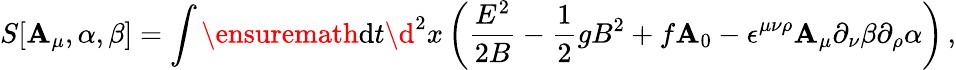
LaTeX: S[\mathbf{A}_{\mu},\alpha,\beta]=\int\ensuremath{{\operatorname{d}\! {}t\d{{}}}}^{2}x\left(\frac{{E^{2}}}{{2B}}-\frac{{1}}{{2}}gB^{2}+f\mathbf{A}_{0}-\epsilon^{\mu\nu\rho}\mathbf{A}_{\mu}\partial_{\nu}\beta\partial_{\rho}\alpha\right)\, ,